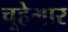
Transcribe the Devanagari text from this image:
चूहेमार